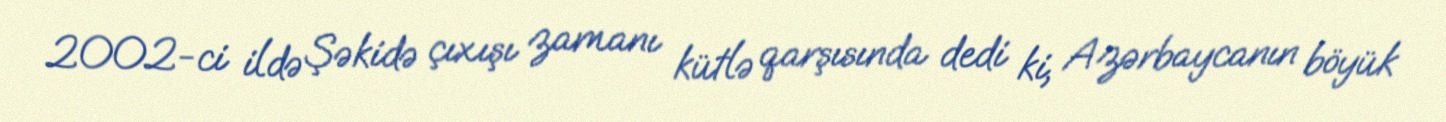
2002-ci ildə Şəkidə çıxışı zamanı kütlə qarşısında dedi ki, Azərbaycanın böyük